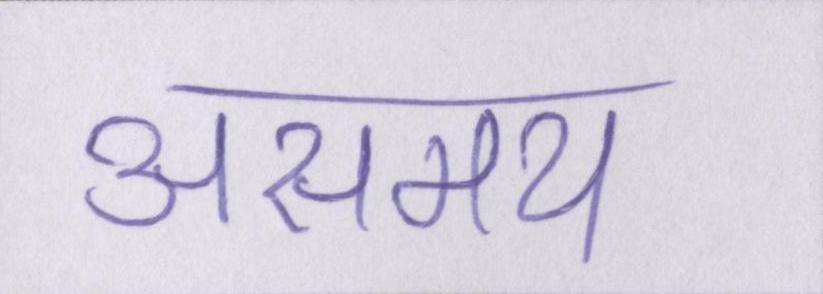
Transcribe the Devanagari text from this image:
असमय